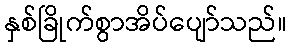
နှစ်ခြိုက်စွာအိပ်ပျော်သည်။